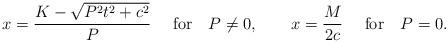
LaTeX: \begin{align*}x=\frac{K-\sqrt{P^2t^2+c^2}}{P}~~~~\mbox{for}~~~P\neq 0,~~~~~~ x=\frac{M}{2c}~~~~\mbox {for}~~~ P=0.\end{align*}